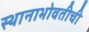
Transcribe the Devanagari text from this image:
स्थानाभोवतीची